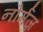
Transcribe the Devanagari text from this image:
नोर्मंज़